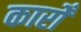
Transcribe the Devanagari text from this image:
कारोँ